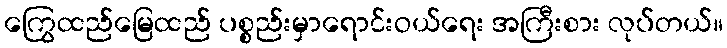
ကြွေထည်မြေထည် ပစ္စည်းမှာရောင်းဝယ်ရေး အကြီးစား လုပ်တယ်။